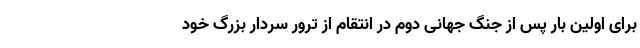
برای اولین بار پس از جنگ جهانی دوم در انتقام از ترور سردار بزرگ خود